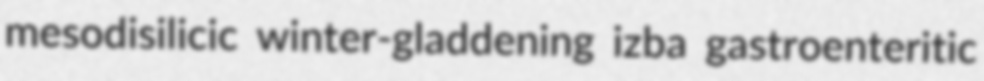
mesodisilicic winter-gladdening izba gastroenteritic